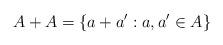
LaTeX: \begin{align*}A+A = \{a+a': a,a' \in A\}\end{align*}